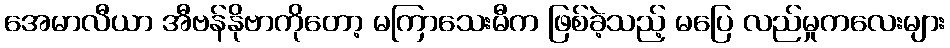
အေမာလီယာ အီဗန်နိုဗာကိုတော့ မကြာသေးမီက ဖြစ်ခဲ့သည့် မပြေ လည်မှုကလေးများ